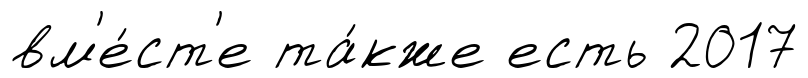
вм'е́ст'е та́кже есть 2017